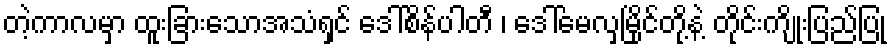
တဲ့ကာလမှာ ထူးခြားသောအသံရှင် ဒေါ်စိန်ပါတီ ၊ ဒေါ်မေလှမြိုင်တို့နဲ့ တိုင်းကျိုးပြည်ပြု